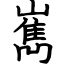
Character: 嶲